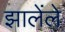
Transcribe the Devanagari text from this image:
झालेंले